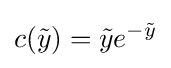
c({\tilde {y}})={\tilde {y}}e^{-{\tilde {y}}}